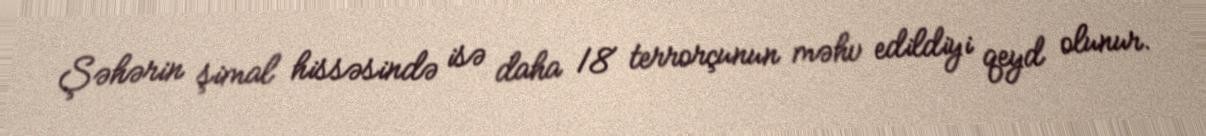
Şəhərin şimal hissəsində isə daha 18 terrorçunun məhv edildiyi qeyd olunur.